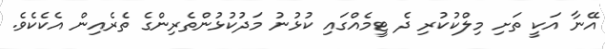
އޭނާ އަކީ ތަށި މިލްކުކުރި ދެ ޓީމެއްގައި ކުޅުނު މަދުކުޅުންތެރިންގެ ތެރެއިން އެކެކެވެ.